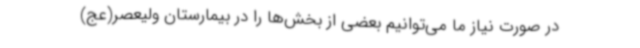
در صورت نیاز ما می‌توانیم بعضی از بخش‌ها را در بیمارستان ولیعصر(عج)